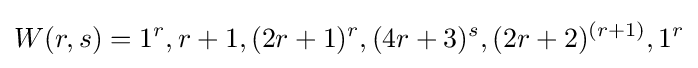
W(r,s)=1^{r},r+1,(2r+1)^{r},(4r+3)^{s},(2r+2)^{(r+1)},1^{r}